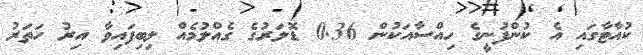
ކުއާޓާގައި އެ ކުންފުނީގެ ހިއްސާއަކުން 0.36 ޑޮލަރުގެ ގެއްލުމެއް ލިބިފައިވާ އިރު ހަތަރު